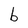
Character: b